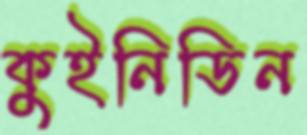
কুইনিডিন